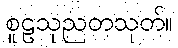
စူဠသုညတသုတ်။